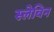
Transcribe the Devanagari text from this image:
स्लेविन